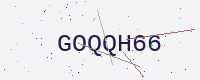
Text: GOQQH66